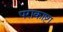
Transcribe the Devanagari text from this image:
पराकाष्टा